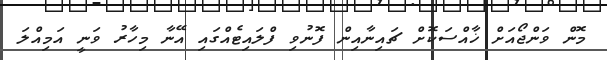
މޮން ވަންޖޯއަށް ޚާއްސަކޮށް ޗައިނާއިން ފޮނުވި ފްލައިޓެއްގައި އޭނާ މިހާރު ވަނީ އަމިއްލަ